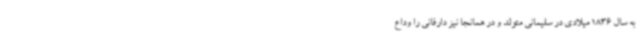
به سال 1836 میلادی در سلیمانی متولد و در همانجا نیز دارفانی را وداع